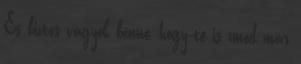
És biztos vagyok benne, hogy te is unod már